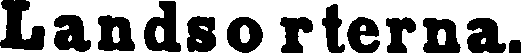
Landsorterna.